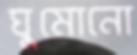
ঘুমোনো